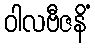
ဝါလဗီဇနိံ